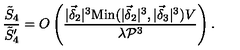
\frac { \tilde { S } _ { 4 } } { \tilde { S } _ { 4 } ^ { \prime } } = O \left( \frac { | \vec { \delta } _ { 2 } | ^ { 3 } \mathrm { M i n } ( | \vec { \delta } _ { 2 } | ^ { 3 } , | \vec { \delta } _ { 3 } | ^ { 3 } ) V } { \lambda { \cal P } ^ { 3 } } \right) .